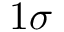
1 \sigma